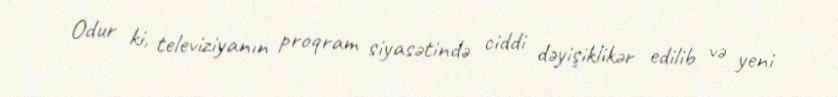
Odur ki, televiziyanın proqram siyasətində ciddi dəyişiklikər edilib və yeni